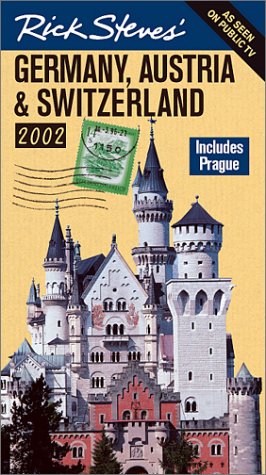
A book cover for Rick Steves' Germany, Austria, and Switzerland 2002; Rick Steves; Travel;